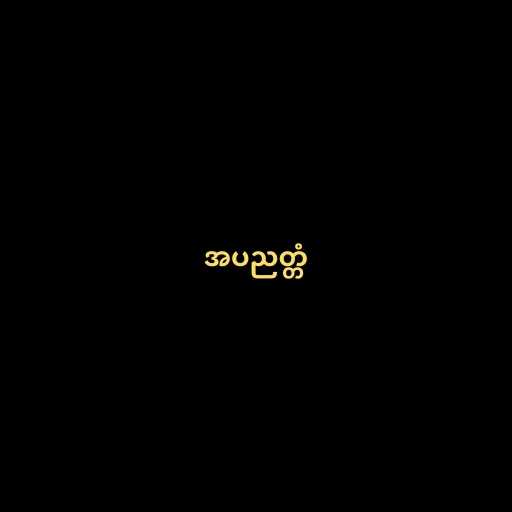
အပညတ္တံ